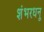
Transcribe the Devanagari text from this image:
शंभरधनू